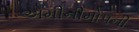
એમીનીમોપની